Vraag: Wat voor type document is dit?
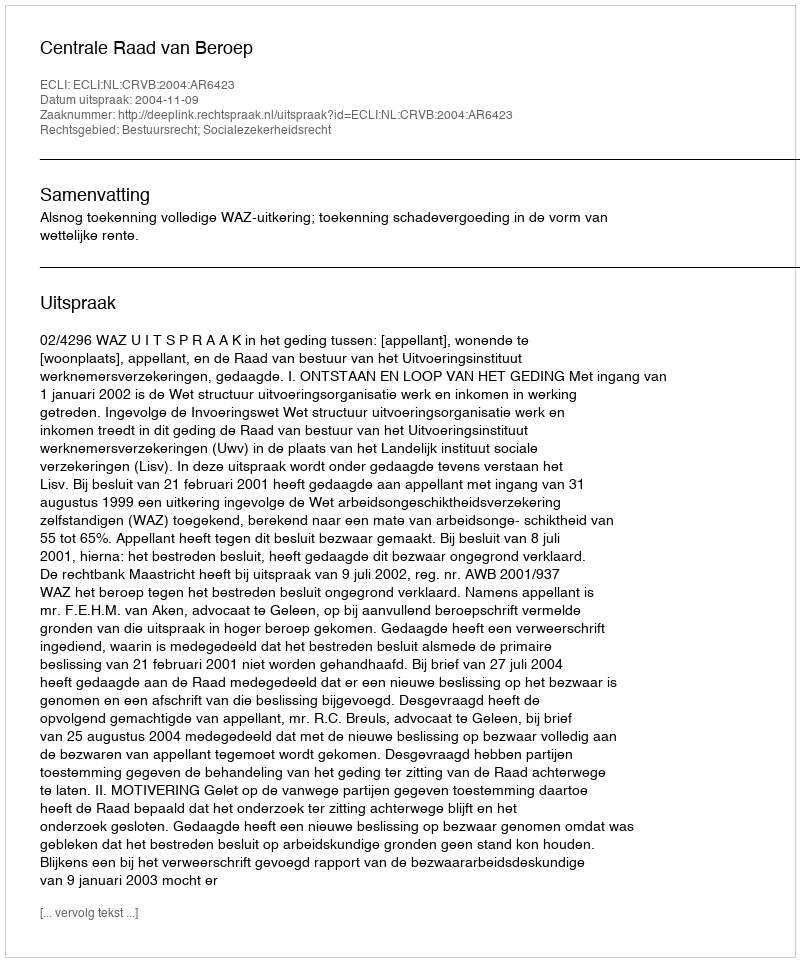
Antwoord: Uitspraak